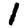
Digit: 1